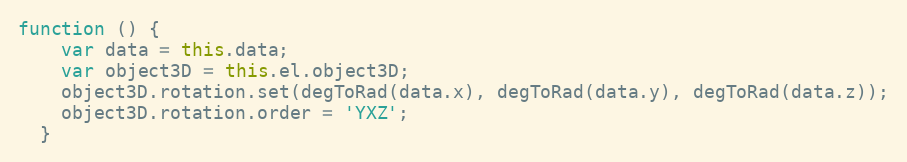
Language: JavaScript
function () {
    var data = this.data;
    var object3D = this.el.object3D;
    object3D.rotation.set(degToRad(data.x), degToRad(data.y), degToRad(data.z));
    object3D.rotation.order = 'YXZ';
  }